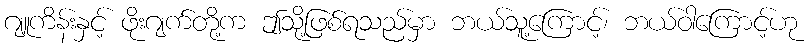
ဂျူကိန်းနှင့် ဖိုးဂျက်တို့က ဤသို့ဖြစ်ရသည်မှာ ဘယ်သူ့ကြောင့်၊ ဘယ်ဝါကြောင့်ဟု